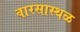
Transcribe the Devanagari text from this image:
वारसास्थळ